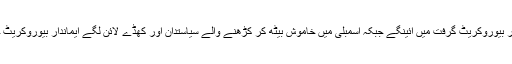
چند سیاستدان اور چند سینئر بیوروکریٹ گرفت میں آئینگے جبکہ اسمبلی میں خاموش بیٹھ کر کڑھنے والے سیاستدان اور کھڈے لائن لگے ایماندار بیوروکریٹ حالات کو سنبھال لیں گے۔